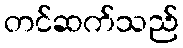
တင်ဆက်သည်